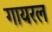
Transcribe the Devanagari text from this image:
गायरल